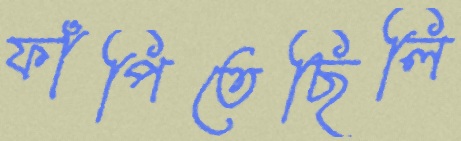
ফাঁপিতেছিলি